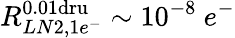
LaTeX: R_{LN2,1e^{-}}^{0.01\textrm{dru}}\sim 10^{-8}~e^{-}